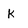
Character: k